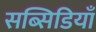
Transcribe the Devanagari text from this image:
सब्सिडियाँ